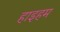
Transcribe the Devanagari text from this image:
हाइहम